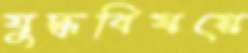
যুদ্ধবিষয়ে